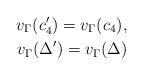
LaTeX: \begin{align*}v_{\Gamma}(c'_{4})=v_{\Gamma}(c_{4}),\\v_{\Gamma}(\Delta')=v_{\Gamma}(\Delta)\end{align*}